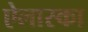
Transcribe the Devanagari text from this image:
ऐलास्का